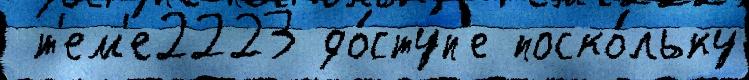
 т'ем'е2223 до́ступ'е поско́льку